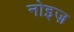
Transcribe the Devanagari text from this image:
नोइज़